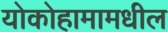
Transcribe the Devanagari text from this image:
योकोहामामधील